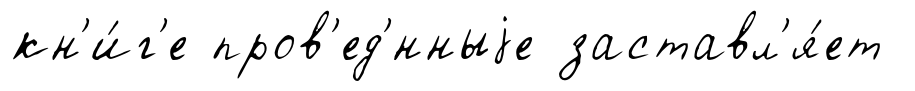
кн'и́г'е пров'ед'́нныjе заставл'я́ет